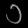
Digit: ၁